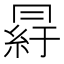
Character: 𦀒